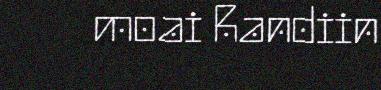
moai Randiin